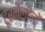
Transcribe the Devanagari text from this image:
टूरमैलीनों